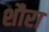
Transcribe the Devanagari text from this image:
शौरा